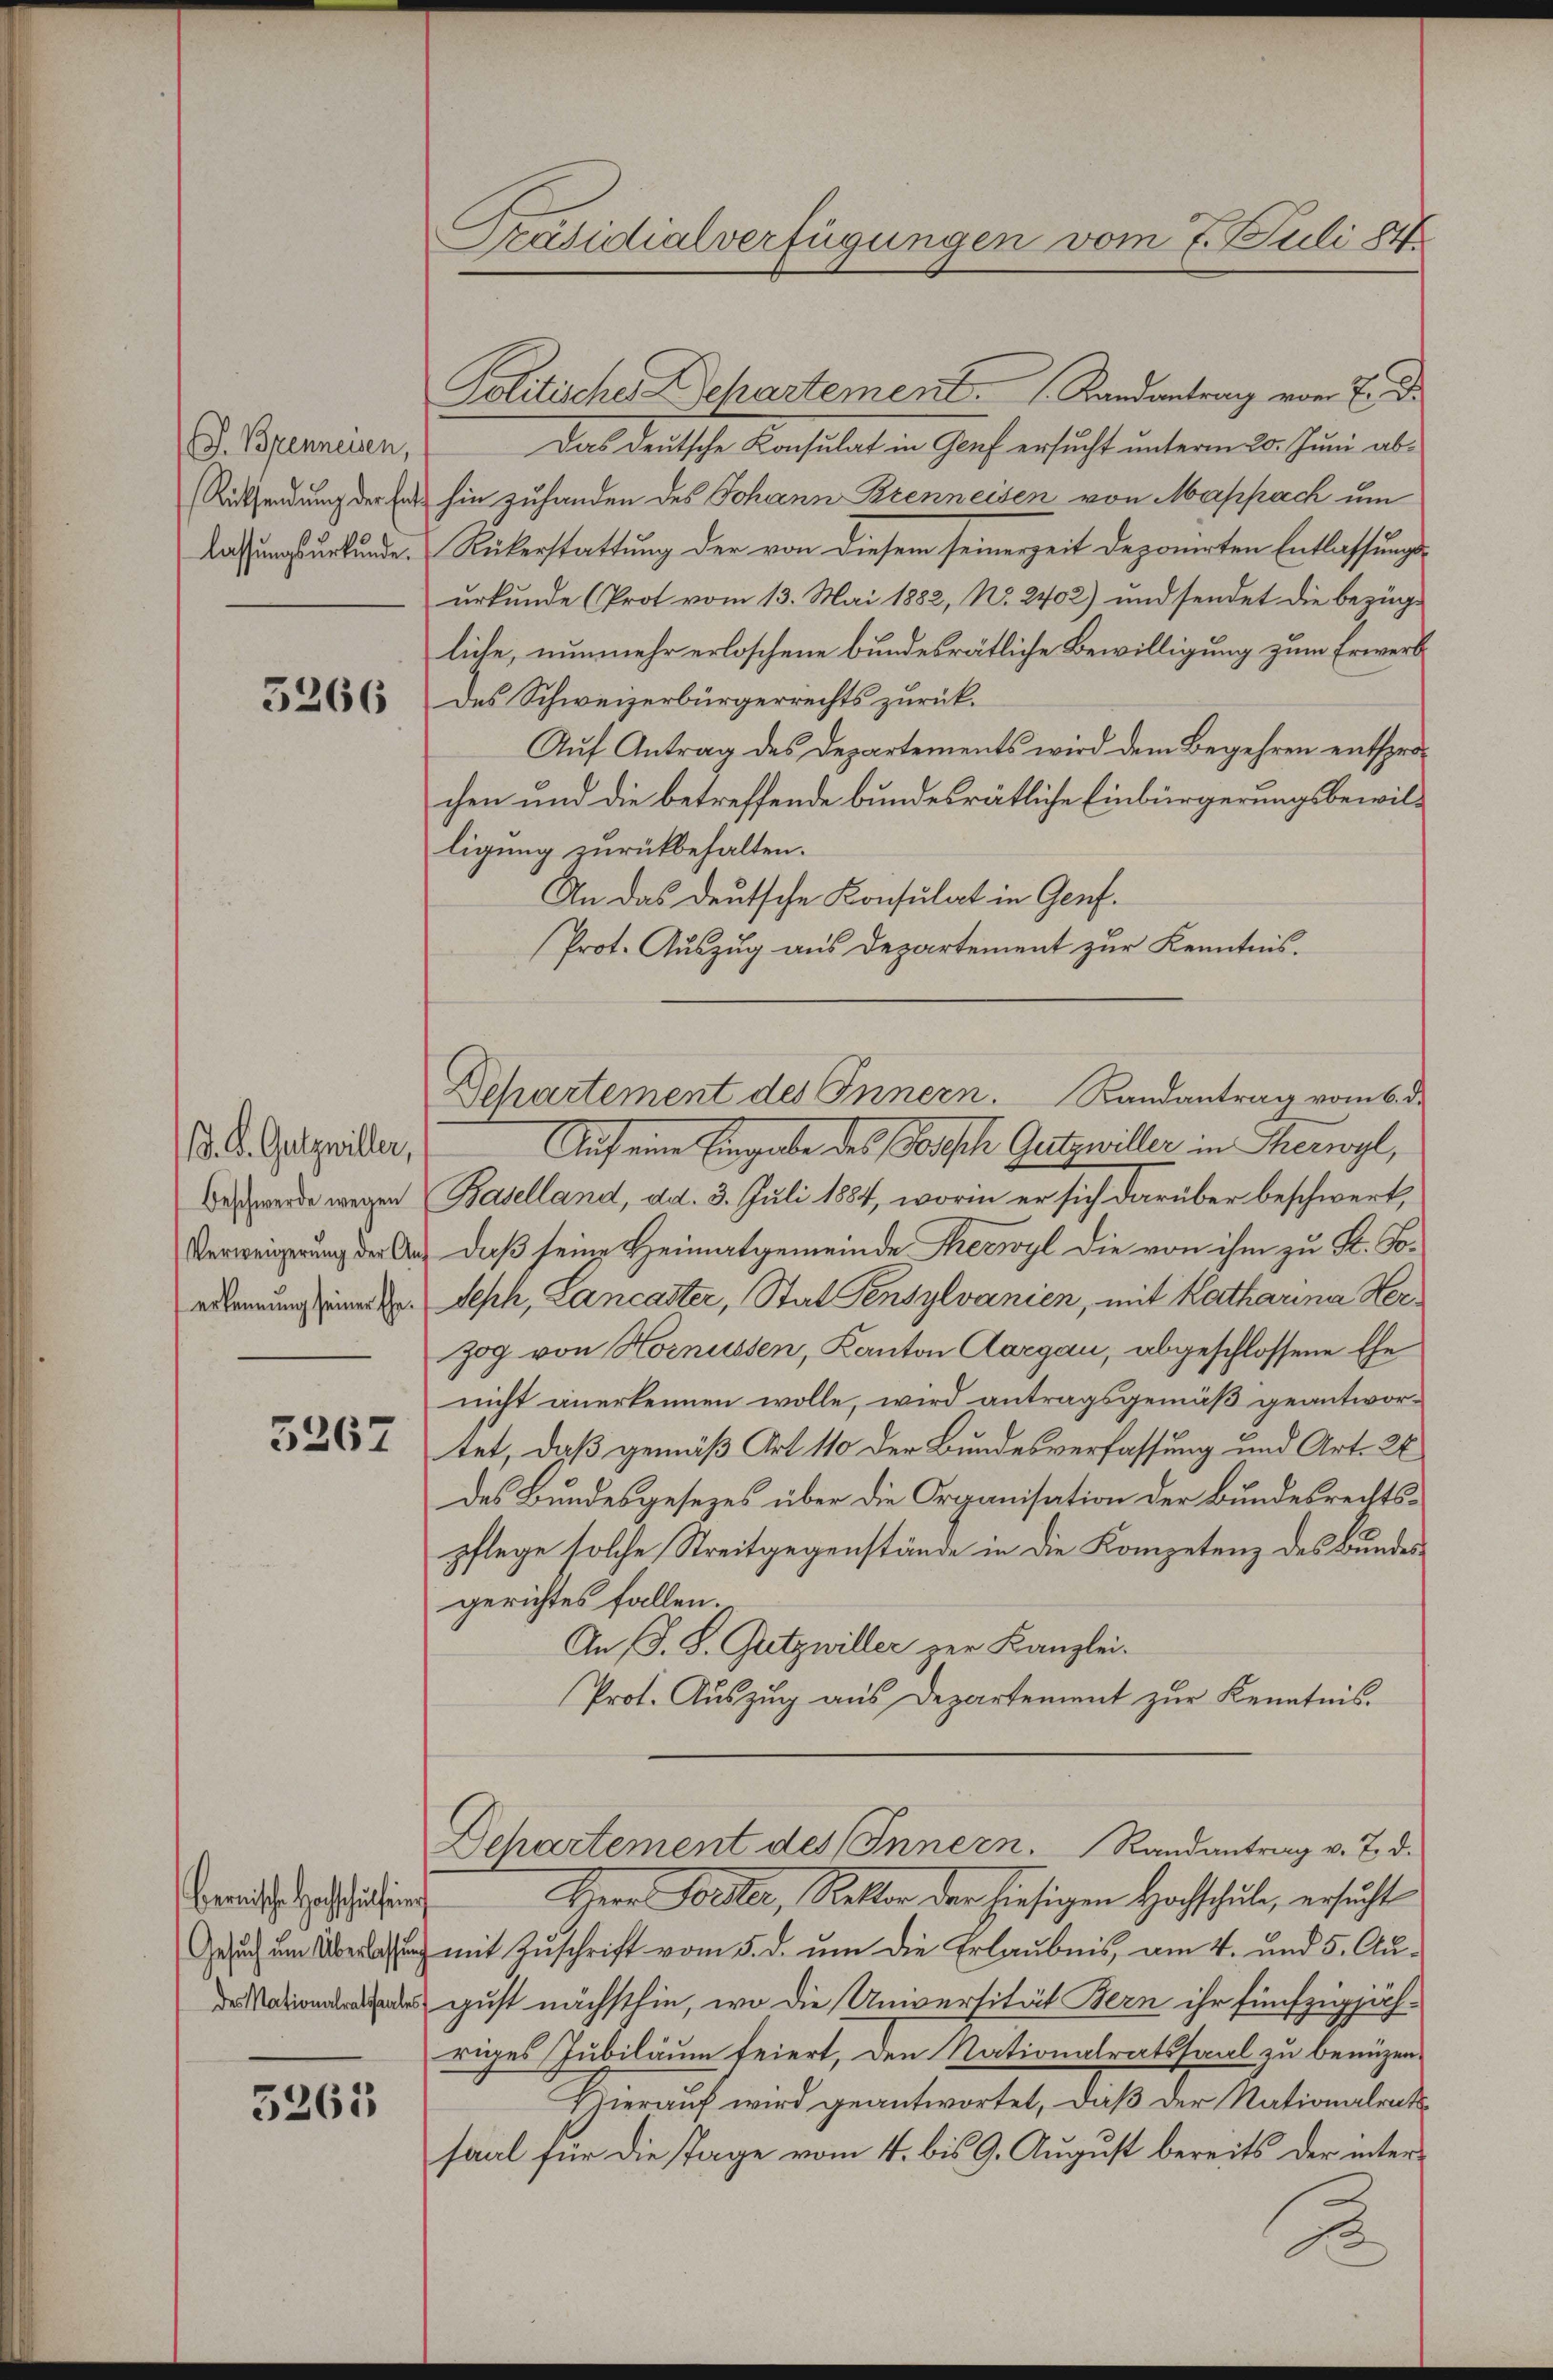
G. Brenneisen,
Rücksendung der Entlassungsurkunde.

3266

/d. S. Gutzwiller,
Verweigerung der An¬

3267

bernische Hochschulfeier

5265

Präsidialverfügungen vom 7. Juli 184

Politische Departement.   Randantrag vom 7. d.
Das deutsche Konsulat in Genf ersucht unterm 20. Juni abhin zufanden des Johann Brenneisen von Mappach um
Rükerstattung der von diesem seinerzeit deponirten Entlassungsurkunde (Prot vom 13. Mai 1882, No. 2402) und sendet die bezüg-
liche, nunmehr erloschene bundesrätliche Bewilligung zum Erwerb
des Schweizerbürgerrechts zurück¬
Auf Antrag des Departements wird dem Begehren entsprochen und die betreffende bundesrätliche Einbürgerungsbewilligung zurückbehalten.
An das deutsche Konsulat in Genf.
Prot. Auszug aus Departement zur Kenntnis.

Auf eine Eingabe des Posch Gutswiller in Therwyl,
Des werde wegen Baselland, dd. 3. Juli 1884, worin er sich darüber beschwert,
daß seine Heimatgemeinde Therwyl die von ihm zu St. Soerkennung einer Hr. Seph, Lancaster, Stat Pensylvanien, mit Katharina Herzog von Hornussen, Kanton Aargau, abgeschlossene Ehe
nicht anerkennen wolle, wird antragsgemäß geantwortet, daß gemäß Art 110 der Bundesverfassung und Art. 26
des Bundesgesezes über die Organisation der Bundesrechtspflege solche Streitgegenstände in die Kompetenz des Bundesgerichtes fallen.
An (S. S. Gitzwiller zur Kanzlei-
Prot. Auszug aus Departement zur Kenntnis.
Departement des Innern. Randantrag v. 7. d.
Herr Weiter, Rektor der hiesigen Hochschule, ersucht
Gesuch um er mit Zuschrift vom 5. d. um die Erlaubnis, am 4. und 5. Au¬
 gust nächsthin, wo die Universität Bern ihr fünfzigjähriges Jubiläum feiert, den Nationalratssaal zu benuzen.
Hierauf wird geantwortet, daβ der Nationalrats
saal für die Tage vom 4. bis 9. August bereits der inter¬
.
1

Dchartement des Innern. Randantrag vom 6. d.